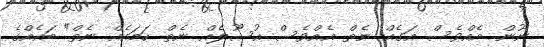
ނޫން. އެއްވެސް އަގެއް ނެތް. އެއްވެސް އުސޫލެއް ނެތް. ހަމައެއް ނެތް" ބައެއްގެ